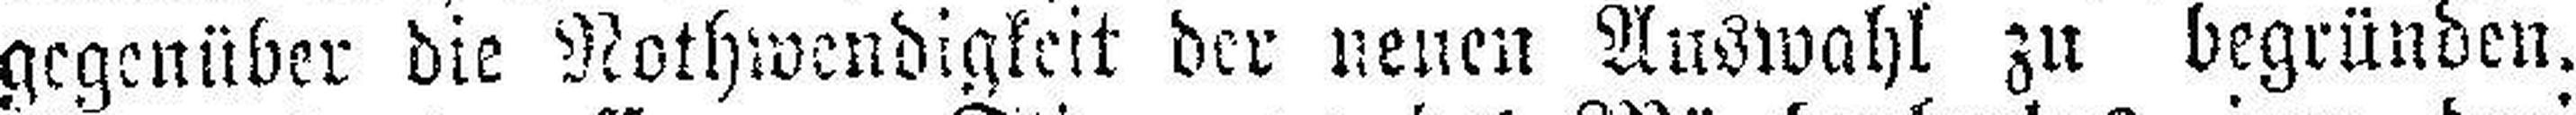
gegenüber die Nothwendigkeit der neuen Auswahl zu begründen.